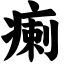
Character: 瘌